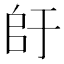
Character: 𫡚